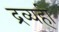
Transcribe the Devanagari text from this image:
द्रव्यही